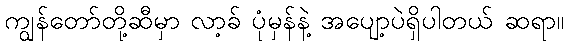
ကျွန်တော်တို့ဆီမှာ လာ့ခ် ပုံမှန်နဲ့ အပျော့ပဲရှိပါတယ် ဆရာ။